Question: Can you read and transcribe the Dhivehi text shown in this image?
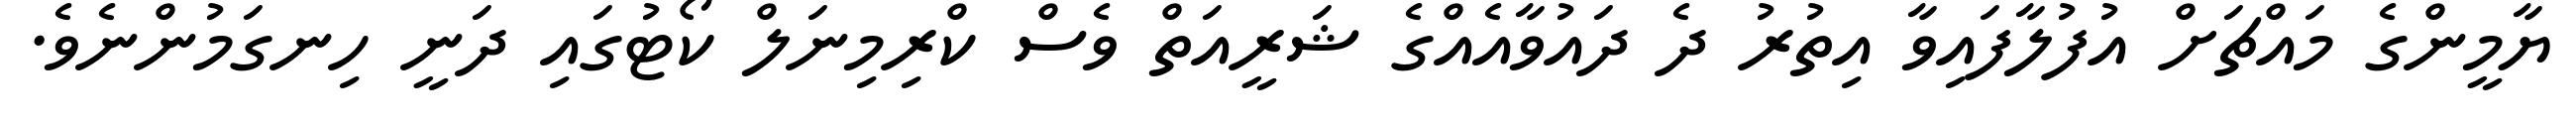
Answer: ޔާމީންގެ މައްޗަށް އުފުލާފައިވާ އިތުރު ދެ ދައުވާއެއްގެ ޝަރީއަތް ވެސް ކްރިމިނަލް ކޯޓުގައި ދަނީ ހިނގަމުންނެވެ.